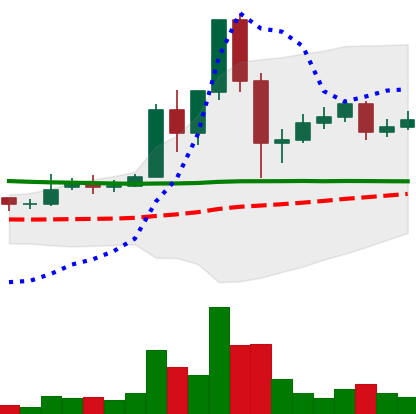
Ticker: DOGE-USD
Chart end date: 2020-12-03
Forward return: -7.264%
Label: down_7plus